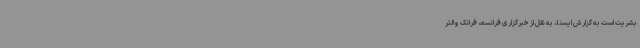
بشریت است به گزارش ایسنا، به نقل از خبرگزاری فرانسه، فرانک والتر